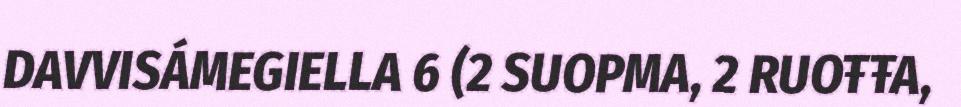
DAVVISÁMEGIELLA 6 (2 SUOPMA, 2 RUOŦŦA,